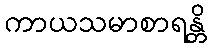
ကာယသမာစာရန္တိ